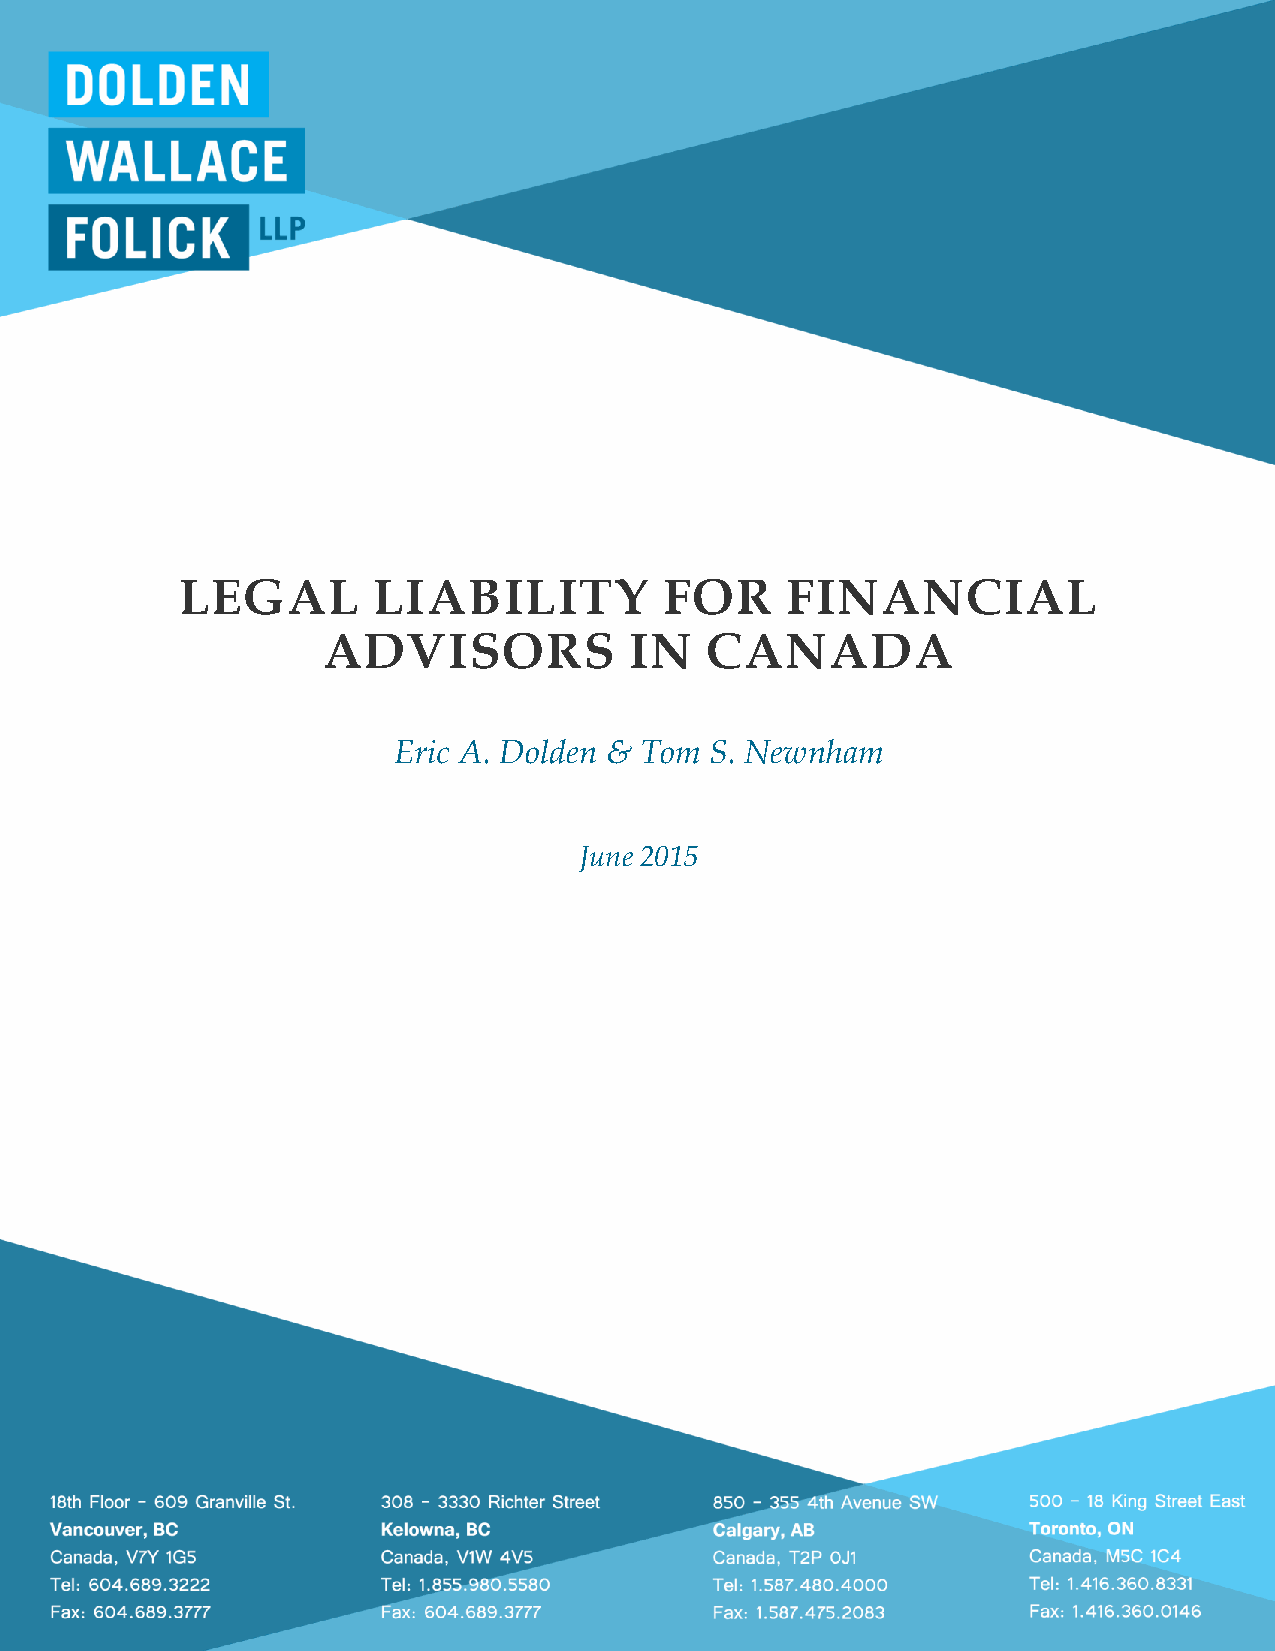
LEGAL        LIABILITY          FOR     FINANCIAL
 ADVISORS             IN   CANADA
 Eric A. Dolden & Tom S. Newnham
 June 2015
 © Dolden Wallace Folick LLP                                     1